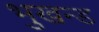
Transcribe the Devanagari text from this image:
भुखन्ड